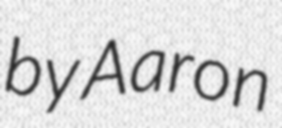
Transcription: by Aaron